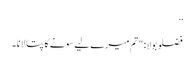
”
فضلو بولا: "تم میرے لیے سونے کا پتا لانا۔